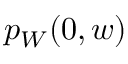
p _ { W } ( 0 , w )